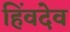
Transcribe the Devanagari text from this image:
हिंवदेव